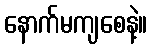
နောက်မကျစေနဲ့။